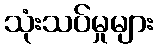
သုံးသပ်မှုများ